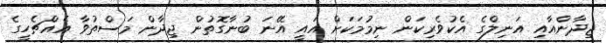
ޖިދާންއާއި އަނިލްގެ އެކުވެރިކަން ނިމުމަކަށް އައީ އޭނަ ބުނާގޮތުން ޖިދާން މަސްތުވާ އެއްޗެހީގެ